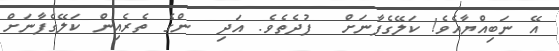
އޭ ނަބިއްޔާއެވެ! ކަލޭގެފާނަށް  ފުދެތެވެ. އަދި  ންގެ ތެރެއިން ކަލޭގެފާނަށް